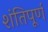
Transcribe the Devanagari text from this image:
शंतिपूर्ण